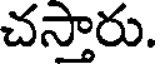
చస్తారు.